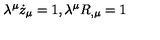
\lambda ^ { \mu } \dot { z } _ { \mu } = 1 , \lambda ^ { \mu } R _ { , \mu } = 1